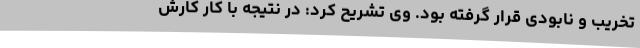
تخریب و نابودی قرار گرفته بود. وی تشریح کرد: در نتیجه با کار کارش